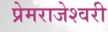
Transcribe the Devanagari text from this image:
प्रेमराजेश्वरी